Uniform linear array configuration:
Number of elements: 8
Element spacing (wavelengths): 0.25
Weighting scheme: kaiser
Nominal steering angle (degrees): -45
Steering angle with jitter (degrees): -46.269
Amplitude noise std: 0.05
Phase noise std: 0.05

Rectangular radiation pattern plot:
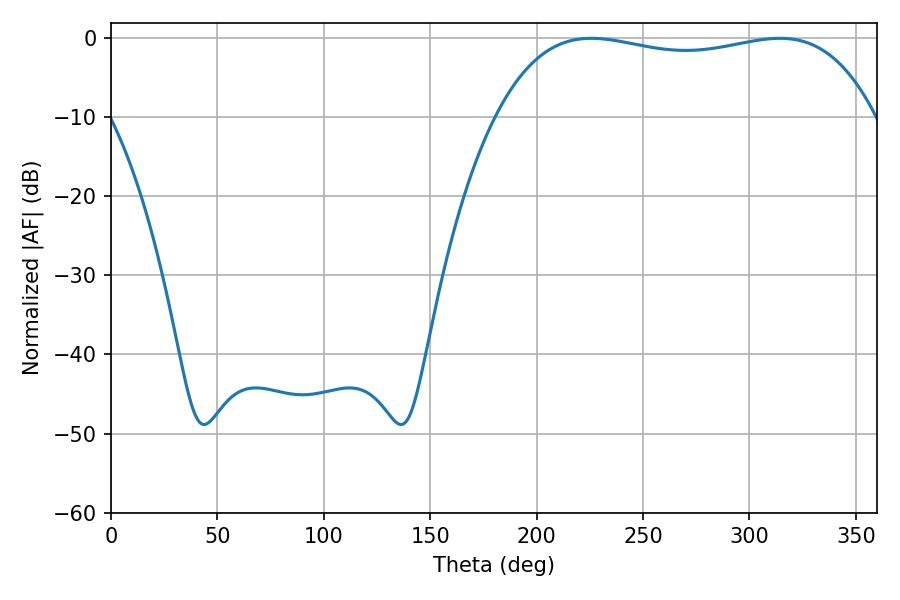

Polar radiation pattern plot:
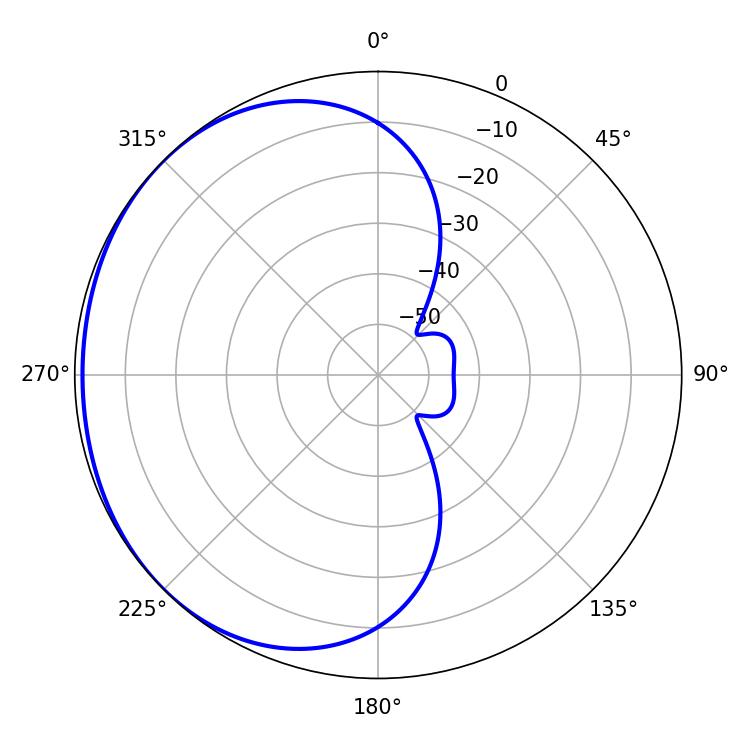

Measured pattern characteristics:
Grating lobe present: FALSE
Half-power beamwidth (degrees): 142.92
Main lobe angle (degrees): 225.72